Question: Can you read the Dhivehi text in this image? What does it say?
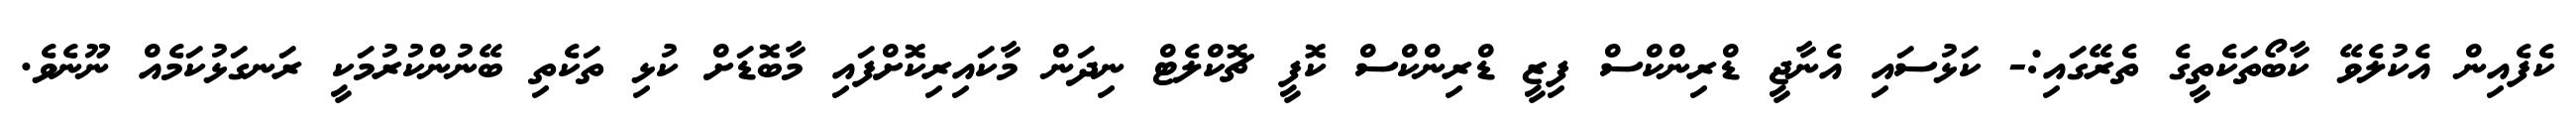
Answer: ކެފެއިން އެކުލެވޭ ކާބޯތަކެތީގެ ތެރޭގައި:- ކަޅުސައި އެނާޖީ ޑްރިންކްސް ފިޒީ ޑްރިންކްސް ކޮފީ ޗޮކްލެޓް ނިދަން މާކައިރިކޮށްފައި މާބޮޑަށް ކުޅި ތަކެތި ބޭނުންކުރުމަކީ ރަނގަޅުކަމެއް ނޫނެވެ.